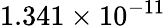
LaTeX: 1.341\times 10^{-11}